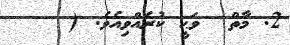
2. މާތް  ވަޙީ ކުރެއްވިއެވެ. (